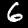
Digit: 6